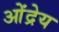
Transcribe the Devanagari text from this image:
ओंद्रेय